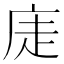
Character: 𢈩